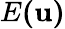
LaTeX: E\mathbf{(u)}